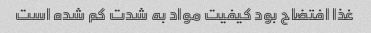
غذا افتضاح بود کیفیت مواد به شدت کم شده است